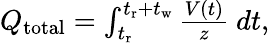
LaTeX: \begin{array}{r}{Q_{\mathrm{total}}=\int_{t_{\mathrm{r}}}^{t_{\mathrm{r}}+t_{\mathrm{w}}}\frac{V(t)}{z}~dt,}\end{array}